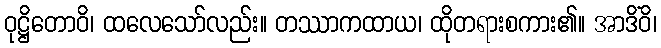
ဝုဋ္ဌိတောဝိ၊ ထလေသော်လည်း။ တဿာကထာယ၊ ထိုတရားစကား၏။ အာဒိံဝိ၊